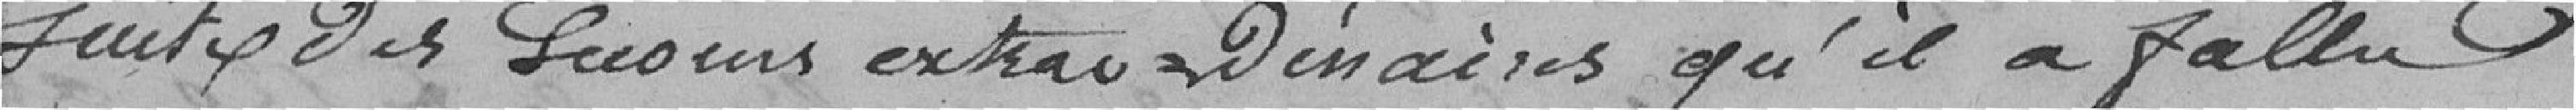
suite des secours extraordinaires qu'il a fallu